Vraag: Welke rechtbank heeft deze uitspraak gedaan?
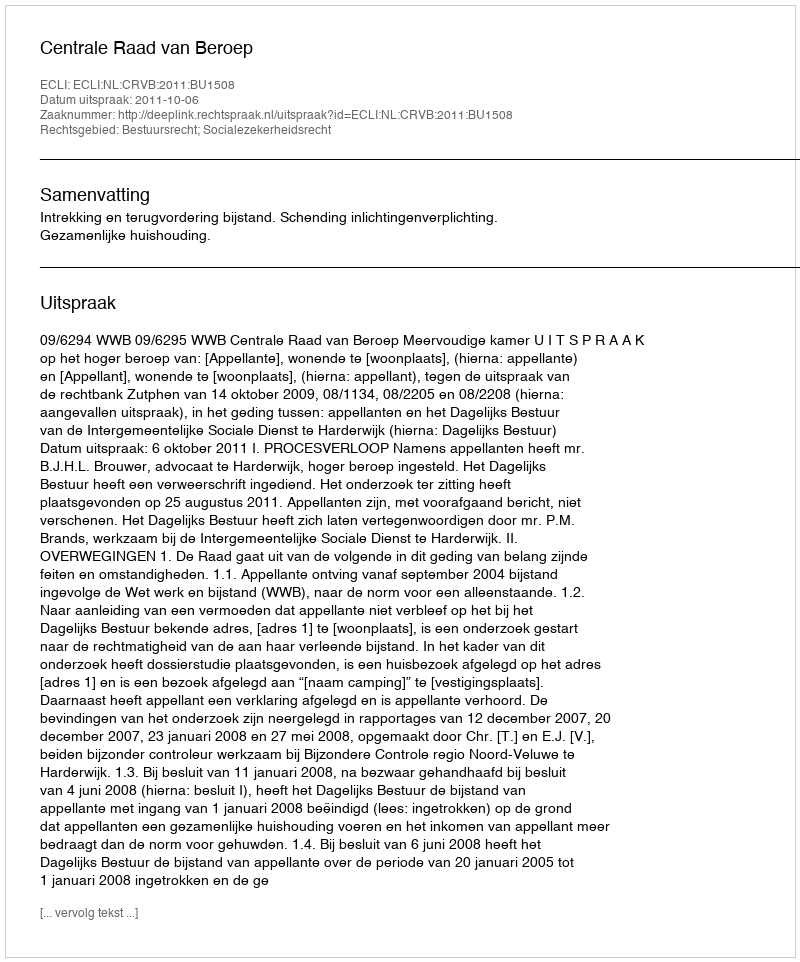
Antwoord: Centrale Raad van Beroep